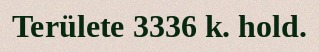
Területe 3336 k. hold.